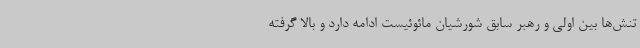
تنش‌ها بین اولی و رهبر سابق شورشیان مائوئیست ادامه دارد و بالا گرفته